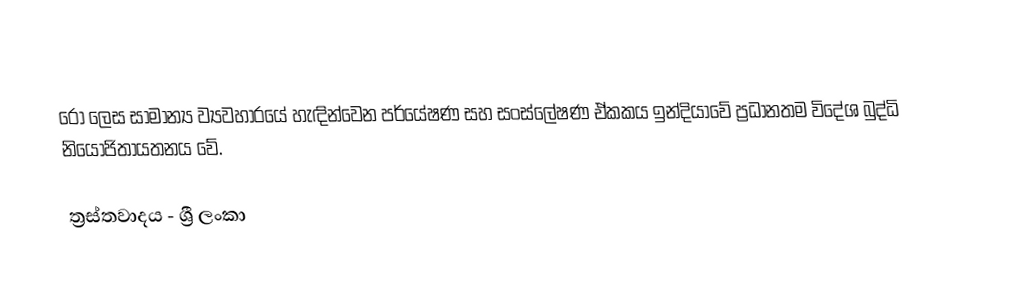
රෝ ලෙස සාමාන්‍ය ව්‍යවහාරයේ හැඳින්වෙන පර්යේෂණ සහ සංස්ලේෂණ ඒකකය ඉන්දියාවේ ප්‍රධානතම විදේශ බුද්ධි නියෝජිතායතනය වේ.

ත්‍රස්තවාදය - ශ්‍රී ලංකා